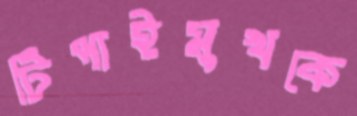
টিপাইমুখকে